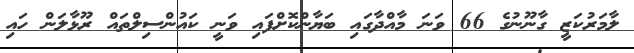
ލާމަރުކަޒީ ގާނޫނުގެ 66 ވަނަ މާއްދާގައި ބަޔާންކޮށްފައި ވަނީ ކައުންސިލްތައް ރޫޅާލަން ހައި